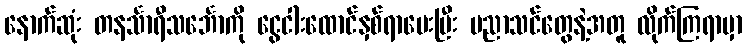
နောက်ဆုံး တနင်္သာရီသင်္ဘောကို ငွေငါးထောင်နှစ်ရာပေးပြီး ပညာသင်တွေနဲ့အတူ လိုက်ကြရာမှာ